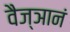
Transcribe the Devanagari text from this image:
वैज्ञानं